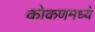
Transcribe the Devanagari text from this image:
कोकणमध्ये